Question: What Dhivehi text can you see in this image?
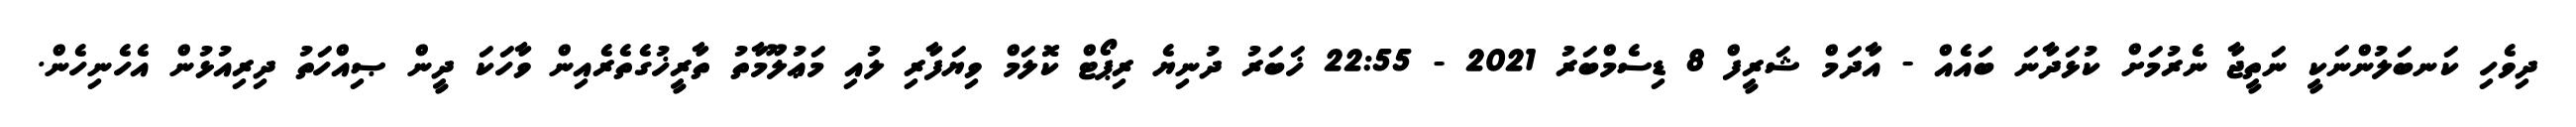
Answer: ދިވެހި ކަނބަލުންނަކީ ނަތީޖާ ނެރުމަށް ކުޅަދާނަ ބައެއް - އާދަމް ޝަރީފް 8 ޑިސެމްބަރު 2021 - 22:55 ޚަބަރު ދުނިޔެ ރިޕޯޓް ކޮލަމް ވިޔަފާރި ލުއި މަޢުލޫމާތު ތާރީޚުގެތެރެއިން ވާހަކަ ދީން ޞިއްހަތު ދިރިއުޅުން އެހެނިހެން.